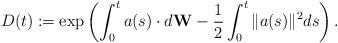
LaTeX: \begin{align*}D(t) := \exp\left(\int_{0}^{t}a(s)\cdot d\mathbf{W}- \frac{1}{2}\int_{0}^{t}\|a(s)\|^{2}ds\right).\end{align*}